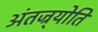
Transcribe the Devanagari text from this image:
अंतज्र्योति